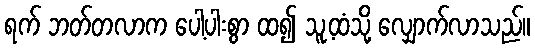
ရက် ဘတ်တလာက ပေါ့ပါးစွာ ထ၍ သူ့ထံသို့ လျှောက်လာသည်။